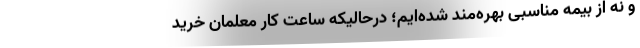
و نه از بیمه مناسبی بهره‌مند شده‌ایم؛ درحالیکه ساعت کار معلمان خرید